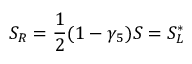
S _ { R } = \frac { 1 } { 2 } ( 1 - \gamma _ { 5 } ) S = S _ { L } ^ { * }